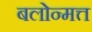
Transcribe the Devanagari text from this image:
बलोन्मत्त